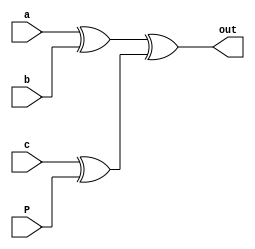
module Evenpchecker( input a,b,c,P, output out);
  assign out=((a^b)^(c^P));
endmodule